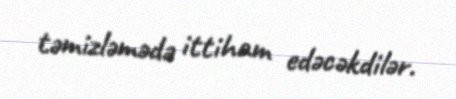
təmizləmədə ittiham edəcəkdilər.